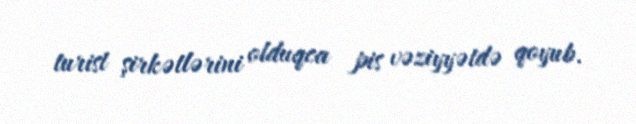
turist şirkətlərini olduqca pis vəziyyətdə qoyub.